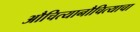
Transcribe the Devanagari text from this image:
औचित्यानौचित्याचा